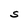
Character: S